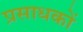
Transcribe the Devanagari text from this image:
प्रसाधकों